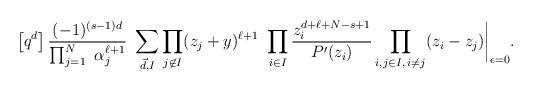
LaTeX: \begin{align*}\left[q^{d}\right]\frac{(-1)^{(s-1)d}}{\prod_{j=1}^{N} \,\,\alpha_j^{\ell+1}}\,\,\sum_{\vec{d}, I} \prod_{j\not \in I}(z_j+y)^{\ell+1}\,\,\prod_{i\in I}\frac{z_i^{d+\ell+N-s+1}}{P'(z_i)}\prod_{i, j\in I, \,i\ne j}(z_i-z_j)\bigg{|}_{\epsilon=0}.\end{align*}